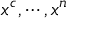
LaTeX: x ^ { c } , \cdots , x ^ { n }